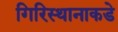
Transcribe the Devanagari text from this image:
गिरिस्थानाकडे